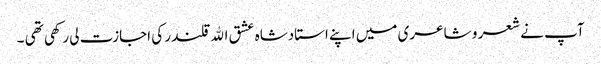
آپ نے شعر و شاعری میں اپنے استادشاہ عشق اﷲ قلندر کی اجازت لی رکھی تھی ۔